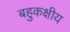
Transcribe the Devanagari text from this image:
बहुकक्षीय